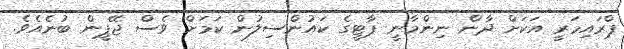
ޕްރައިމަރީ އަކަށް ދާން ނިންމާނީ ޕާޓީގެ ކައުންސިލުން ކަމަށް ވެސް ޖޭޕީން ބުނެއެވެ.